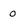
Character: 0